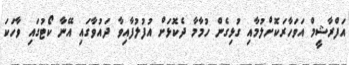
އަފްރާޝީމް އަވަހާރަކޮށްލުމާއި ގުޅިގެން ހުމާމާ ދެކޮޅަށް އުފުލުފާއިވާ ދައުވާގައި އޭނާ ކޯޓުގައި ވާހަކަ